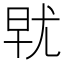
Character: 𰍯